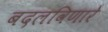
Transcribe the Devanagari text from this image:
बदलविणारे